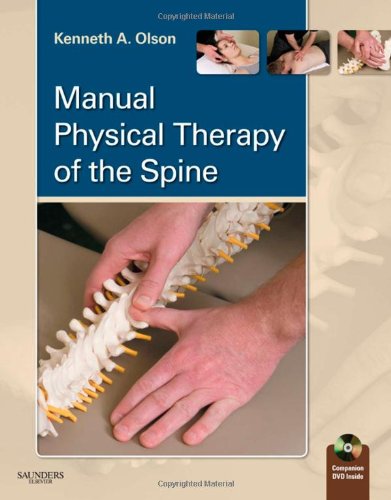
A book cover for Manual Physical Therapy of the Spine, 1e; Kenneth A. Olson PT  DHSc  OCS  FAAOMPT; Medical Books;